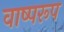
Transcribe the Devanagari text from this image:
वाष्परूप